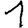
Digit: 1